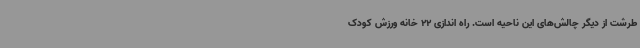
طرشت از دیگر چالش‌های این ناحیه است. راه اندازی 22 خانه ورزش کودک